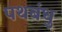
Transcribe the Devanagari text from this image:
पथबंधु